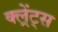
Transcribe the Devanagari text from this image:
क्ल्रेंट्स